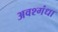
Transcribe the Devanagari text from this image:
अवश्गंधा